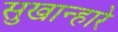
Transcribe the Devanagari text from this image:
सुखान्हारे